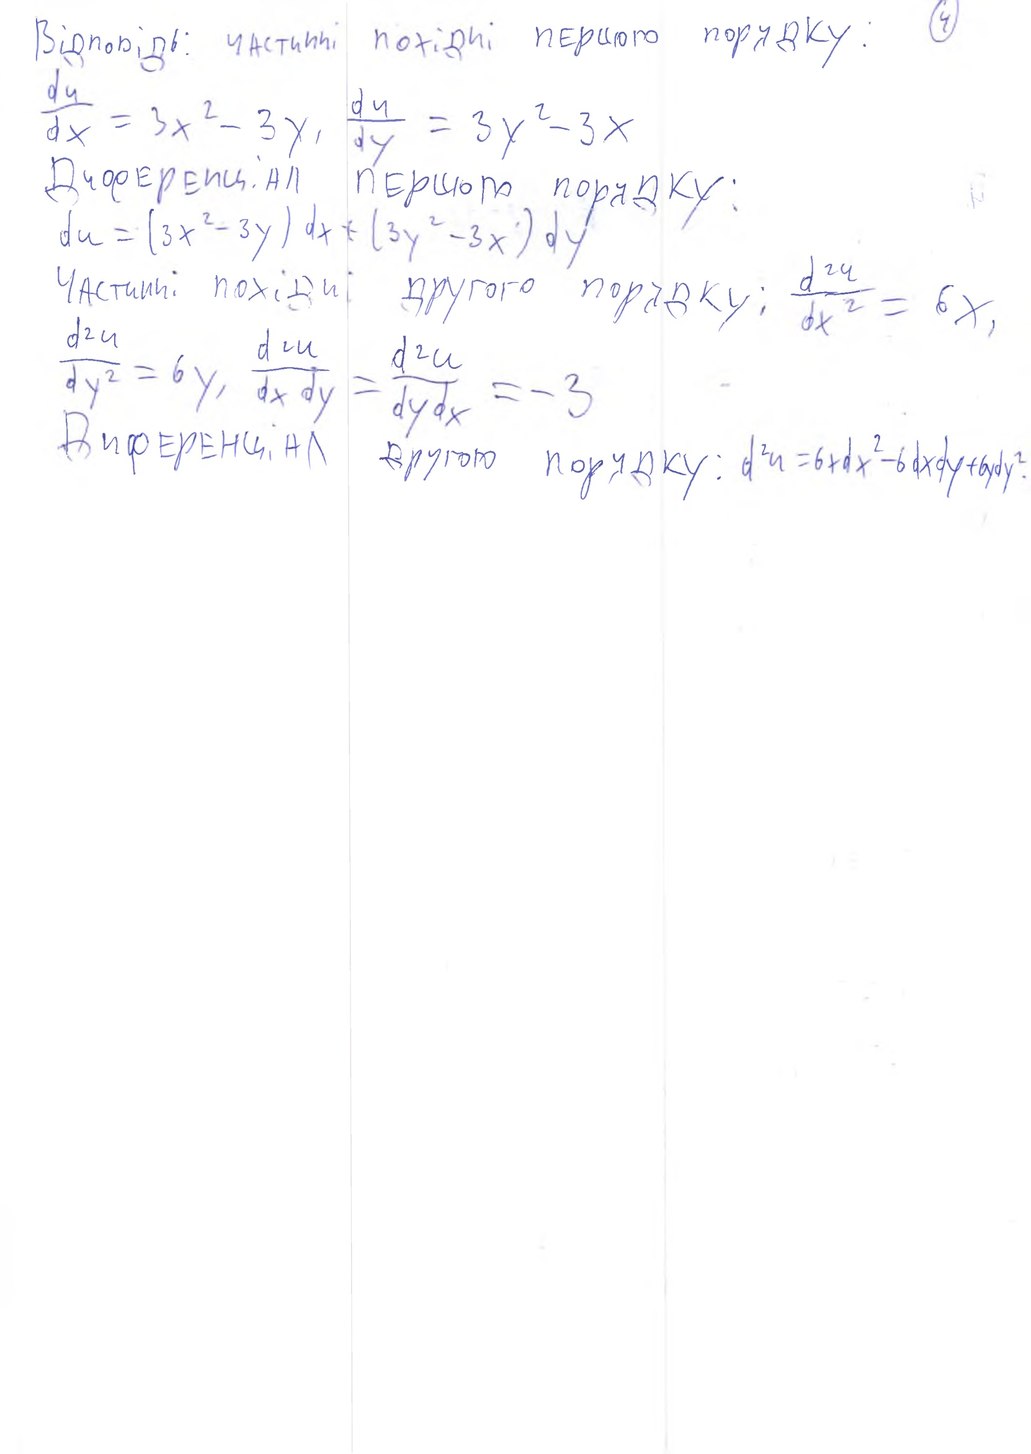
4
Відповідь: частинні похідні першого порядку:
dy/dx = 3x^2 - 3y,
du/dy = 3y^2 - 3x
Диференціал першого порядку:
du = (3x^2 - 3y) dx + (3y^2 - 3x) dy
d^2u/dx^2 = 6x,
d^2u/dy^2 = 6y, d^2u/dxdy = d^2u/dydx = -3
d^2u = 6xdx^2 - 6dxdy + 6ydy^2